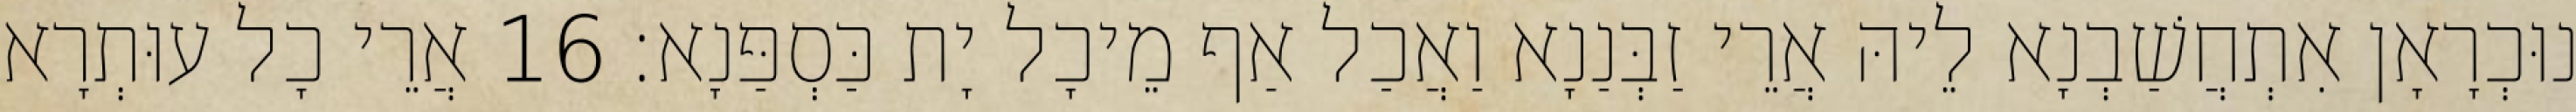
נוּכְרָאָן אִתְחֲשַׁבְנָא לֵיהּ אֲרֵי זַבְּנַנָא וַאֲכַל אַף מֵיכָל יָת כַּסְפַּנָא׃ 16 אֲרֵי כָל עוּתְרָא